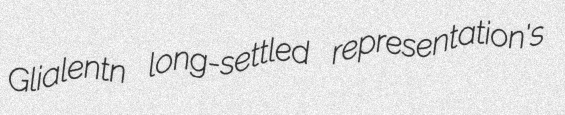
Glialentn long-settled representation's